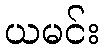
ယမင်း